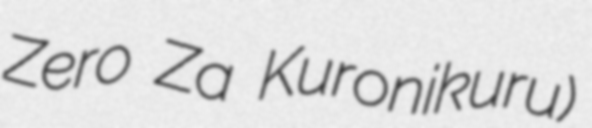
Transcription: Zero Za Kuronikuru)